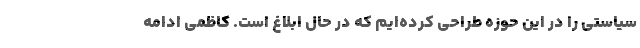
سیاستی را در این حوزه طراحی کرده‌ایم که در حال ابلاغ است. کاظمی ادامه